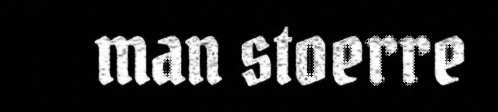
man stoerre